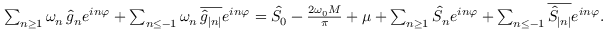
\begin{array} { r } { \sum _ { n \geq 1 } \omega _ { n } \, \hat { g } _ { n } e ^ { i n \varphi } + \sum _ { n \leq - 1 } \omega _ { n } \, \overline { { \hat { g } _ { | n | } } } e ^ { i n \varphi } = \hat { S } _ { 0 } - \frac { 2 \omega _ { 0 } M } { \pi } + \mu + \sum _ { n \geq 1 } \hat { S } _ { n } e ^ { i n \varphi } + \sum _ { n \leq - 1 } \overline { { \hat { S } _ { | n | } } } e ^ { i n \varphi } . } \end{array}